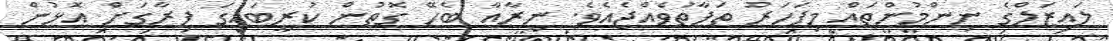
ލައިޒަލްގެ ނިންމުންތައް މިފަހަރު ތަފާތުވެއްޖެއެވެ. ނީރާއާ ބެހޭ ގޮތުން ކުރީބައިގަ ފިރާގަށް އޮޅުން